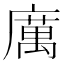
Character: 𭙿